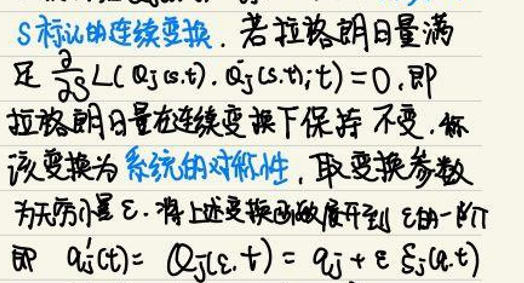
$s$标记的连续变换。若拉格朗日量满
足\(\frac{\partial}{\partial \epsilon}L(q_j(s,t),\dot{q}_j(s,t)) = 0\)，即
拉格朗日量在连续变换下保持不变，称
该变换为\(\underline{系统的对称性}\)，取变换参数
为无穷小量\(\epsilon\)，将上述变换函数展开到\(\epsilon\)的一阶
即\(q_j^{\prime}(t)=q_j(s,t)=q_j+\epsilon S_j(q,t)\)